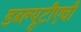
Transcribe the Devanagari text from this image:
डब्ल्यूटीएची